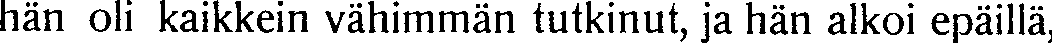
hän oli kaikkein vähimmän tutkinut, ja hän alkoi epäillä,